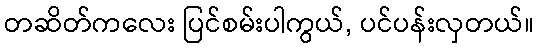
တဆိတ်ကလေး ပြင်စမ်းပါကွယ်, ပင်ပန်းလှတယ်။